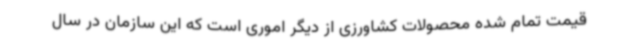
قیمت تمام شده محصولات کشاورزی از دیگر اموری است که این سازمان در سال